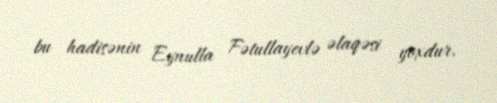
bu hadisənin Eynulla Fətullayevlə əlaqəsi yoxdur.